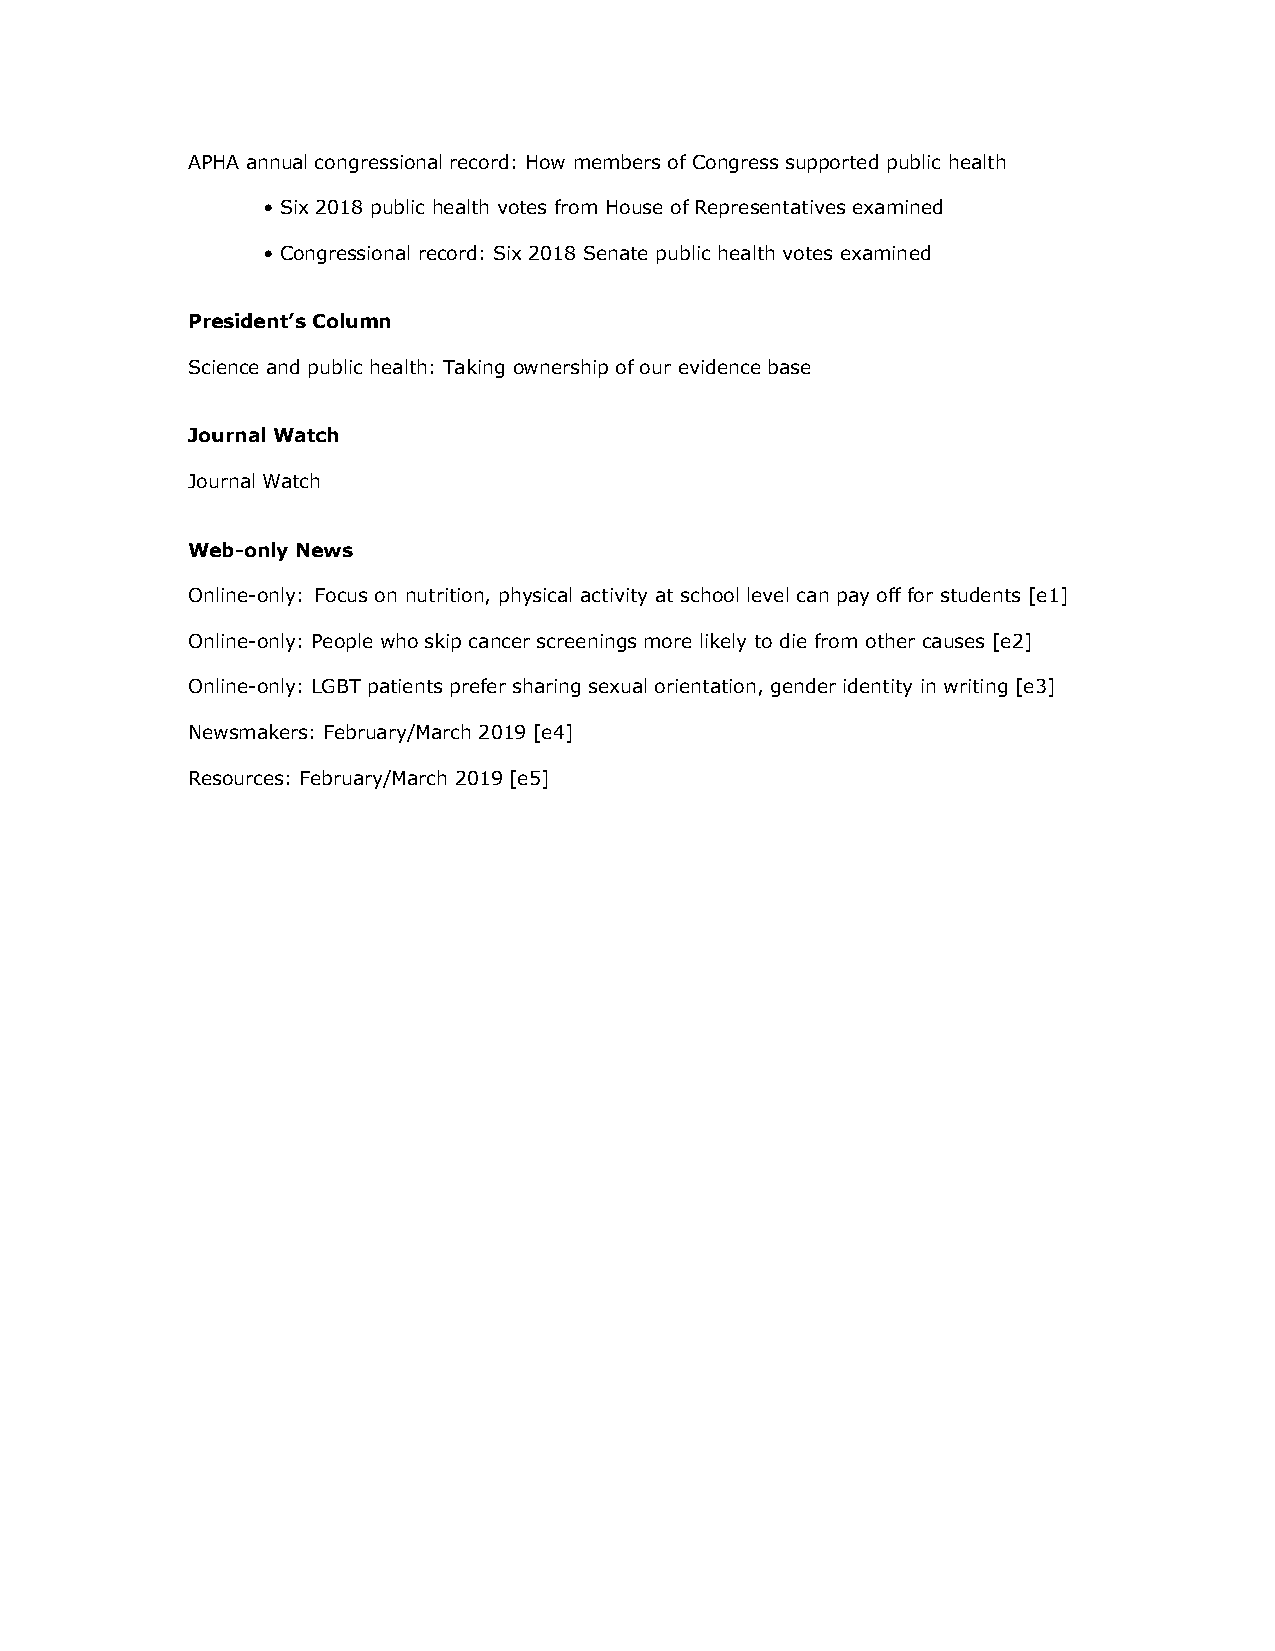
APHA annual congressional record: How members of Congress supported public health
 • Six 2018 public health votes from House of Representatives examined
 • Congressional record: Six 2018 Senate public health votes examined
 President’s Column
 Science and public health: Taking ownership of our evidence base
 Journal Watch
 Journal Watch
 Web-only News
 Online-only: Focus on nutrition, physical activity at school level can pay off for students [e1]
 Online-only: People who skip cancer screenings more likely to die from other causes [e2]
 Online-only: LGBT patients prefer sharing sexual orientation, gender identity in writing [e3]
 Newsmakers: February/March 2019 [e4]
 Resources: February/March 2019 [e5]